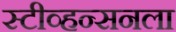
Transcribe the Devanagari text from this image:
स्टीव्हन्सनला